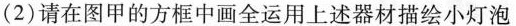
(2)请在图甲的方框中画全运用上述器材描绘小灯泡